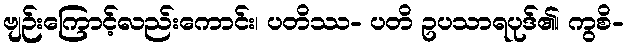
ဗျဉ်းကြောင့်လည်းကောင်း၊ ပတိဿ- ပတိ ဥပသာရပုဒ်၏၊ ကွစိ-